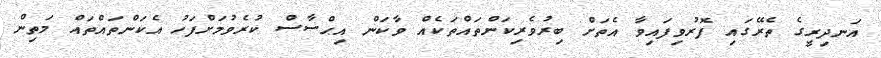
އަނދިރީގެ ތެރޭގައި ފޮރުވިފައިވާ އެތަށް ބިރުވެރިކަންތައްތަކެއް ވާކަން އިޙްސާސް ކުރެވުމަށްފަހު އެކަންތައްތައް މަތިން